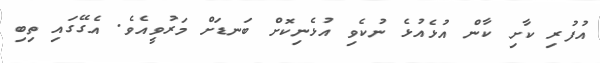
އުފުރި ކާށި ކާން އުޅެއުޅެ ނުކެވި އުޅެނިކޮށް ބަނޑަށް މަރުވީއެވެ. އެގޭގައި ތިބި